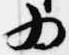
為